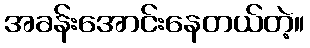
အခန်းအောင်းနေတယ်တဲ့။